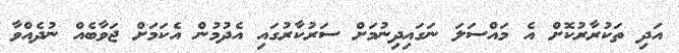
އަދި ތަކުރާރުކޮށް އެ މައްސަލަ ނަގައިދިނުމަށް ސަރުކާރުގައި އެދުމުން އެކަމަށް ޖަވާބެއް ނުދެއްވާ